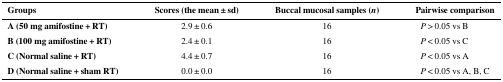
<table><thead><tr><td><b>Groups</b></td><td><b>Scores (the mean ± sd)</b></td><td><b>Buccal mucosal samples (<i>n</i>)</b></td><td><b>Pairwise comparison</b></td></tr></thead><tbody><tr><td><b>A (50 mg amifostine + RT)</b></td><td>2.9 ± 0.6</td><td>16</td><td><i>P</i> &gt; 0.05 vs B</td></tr><tr><td><b>B (100 mg amifostine + RT)</b></td><td>2.4 ± 0.1</td><td>16</td><td><i>P</i> &lt; 0.05 vs C</td></tr><tr><td><b>C (Normal saline + RT)</b></td><td>4.4 ± 0.7</td><td>16</td><td><i>P</i> &lt; 0.05 vs A</td></tr><tr><td><b>D (Normal saline + sham RT)</b></td><td>0.0 ± 0.0</td><td>16</td><td><i>P</i> &lt; 0.05 vs A, B, C</td></tr></tbody></table>